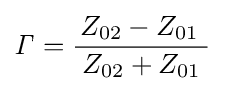
{\mathit {\Gamma }}={\frac {\,Z_{02}-Z_{01}\,\,}{Z_{02}+Z_{01}}}